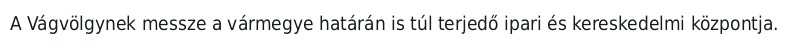
A Vágvölgynek messze a vármegye határán is túl terjedő ipari és kereskedelmi központja.